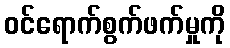
ဝင်ရောက်စွက်ဖက်မှုကို